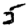
Digit: 5